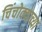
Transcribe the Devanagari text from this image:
चिंचोक्याच्या